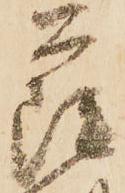
薩